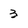
Character: 3